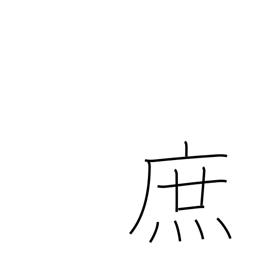
Meaning: bastard